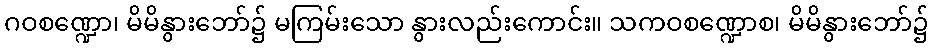
ဂဝစဏ္ဍော၊ မိမိနွားဘော်၌ မကြမ်းသော နွားလည်းကောင်း။ သကဝစဏ္ဍောစ၊ မိမိနွားဘော်၌